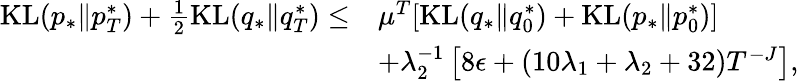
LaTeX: \begin{array}{rl}{\mathrm{KL}(p_{*}\| p_{T}^{*})+\frac{1}{2}\mathrm{KL}(q_{*}\| q_{T}^{*})\leq}&{\mu^{T}[\mathrm{KL}(q_{*}\| q_{0}^{*})+\mathrm{KL}(p_{*}\| p_{0}^{*})]}\\ &{+\lambda_{2}^{-1}\left[8\epsilon+(10\lambda_{1}+\lambda_{2}+32)T^{-J}\right],}\end{array}